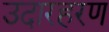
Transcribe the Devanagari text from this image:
उदारहरण